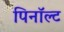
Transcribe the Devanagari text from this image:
पिनॉल्ट